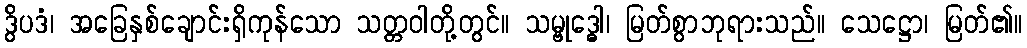
ဒွိပဒံ၊ အခြေနှစ်ချောင်းရှိကုန်သော သတ္တဝါတို့တွင်။ သမ္ဗုဒ္ဓေါ၊ မြတ်စွာဘုရားသည်။ သေဋ္ဌော၊ မြတ်၏။